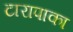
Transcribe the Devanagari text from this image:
टारापाका